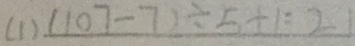
( 1 ) ( 1 0 7 - 7 ) \div 5 + 1 = 2 1